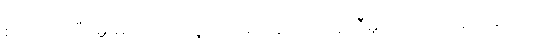
စုဝေးကြပြီး မှူးမတ်ပြည်သူတို့သည် နာရေးကူညီမှုအသင်း(ရန်ကုန်)သည်